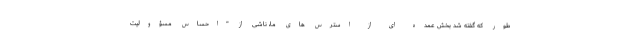
طور که گفته شد بخش عمده ای از استرس های ما، ناشی از "احساس مسؤولیت